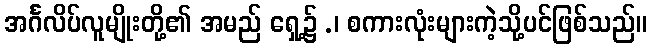
အင်္ဂလိပ်လူမျိုးတို့၏ အမည် ရှေ့၌ .၊ စကားလုံးများကဲ့သို့ပင်ဖြစ်သည်။